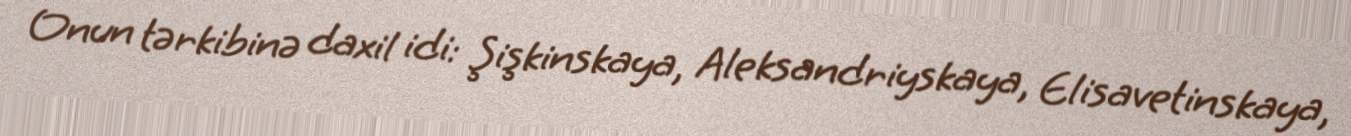
Onun tərkibinə daxil idi: Şişkinskaya, Aleksandriyskaya, Elisavetinskaya,